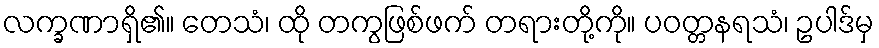
လက္ခဏာရှိ၏။ တေသံ၊ ထို တကွဖြစ်ဖက် တရားတို့ကို။ ပဝတ္တနရသံ၊ ဥပါဒ်မှ